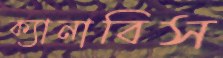
ক্যানাবিস